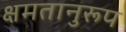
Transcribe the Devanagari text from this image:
क्षमतानुरूप